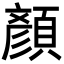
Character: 顏